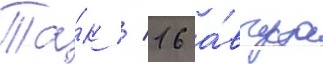
Та́к / 16 а́вгуста